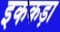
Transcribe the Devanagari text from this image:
इककड़ा